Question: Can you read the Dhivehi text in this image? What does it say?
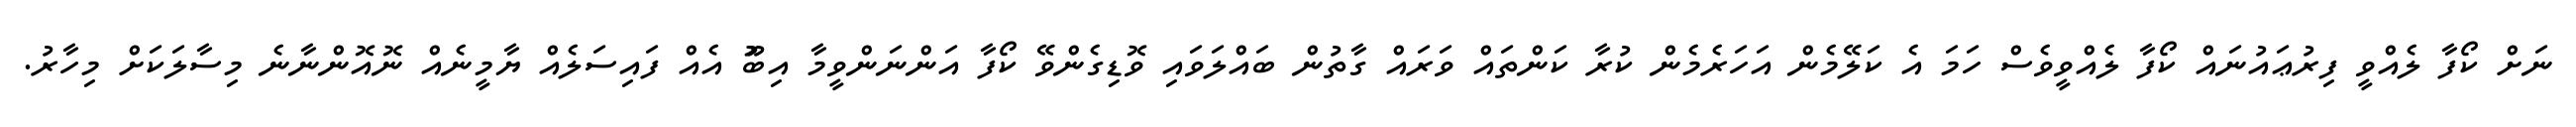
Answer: ނަށް ކޯފާ ލެއްވީ ފިރުޢައުނައް ކޯފާ ލެއްވީވެސް ހަމަ އެ ކަލޭމެން އަހަރެމެން ކުރާ ކަންތައް ވަރައް ގާތުން ބައްލަވައި ވޮޑިގެންވޭ ކޯފާ އަންނަންވީމާ އިބޫު އެއް ފައިސަލެއް ޔާމީނެއް ނޮއޮންނާނެ މިސާލަކަށް މިހާރު.